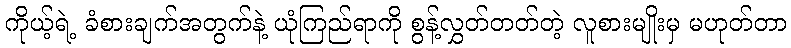
ကိုယ့်ရဲ့ ခံစားချက်အတွက်နဲ့ ယုံကြည်ရာကို စွန့်လွှတ်တတ်တဲ့ လူစားမျိုးမှ မဟုတ်တာ